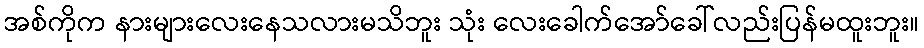
အစ်ကိုက နားများလေးနေသလားမသိဘူး သုံး လေးခေါက်အော်ခေါ်လည်းပြန်မထူးဘူး။